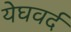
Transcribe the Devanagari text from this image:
येघवर्द